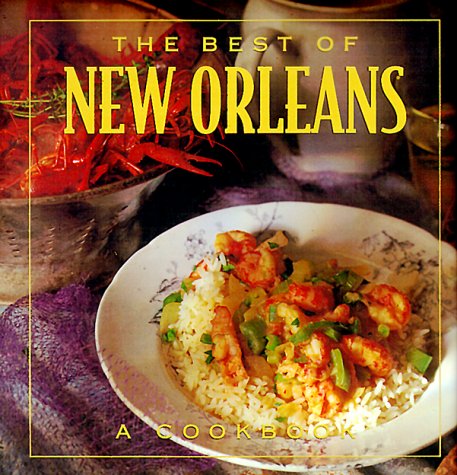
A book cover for The Best of New Orleans (Best of ... S); Brooke Dojny; Cookbooks, Food & Wine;